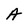
Character: A